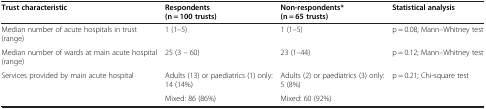
| Trust characteristic | Respondents (n = 100 trusts) | Non-respondents* (n = 65 trusts) | Statistical analysis |
 | --- | --- | --- | --- |
 | Median number of acute hospitals in trust (range) | 1 (1–5) | 1 (1–5) | p = 0.08; Mann–Whitney test |
 | Median number of wards at main acute hospital (range) | 25 (3 – 60) | 23 (1–44) | p = 0.12; Mann–Whitney test |
 | <ROWSPAN=2> Services provided by main acute hospital | Adults (13) or paediatrics (1) only: 14 (14%) | Adults (2) or paediatrics (3) only: 5 (8%) | <ROWSPAN=2> p = 0.21; Chi-square test |
 | Mixed: 86 (86%) | Mixed: 60 (92%) |